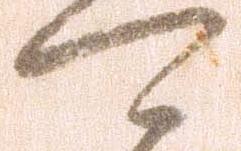
可